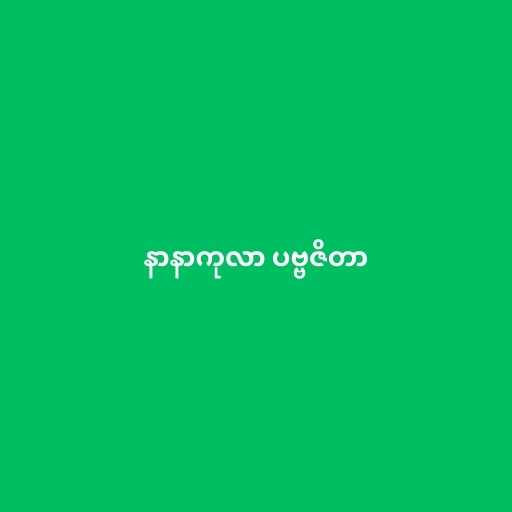
နာနာကုလာ ပဗ္ဗဇိတာ